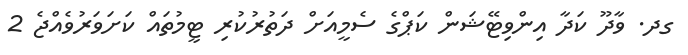
ގދ. ވާދޫ ކަދާ އިންވިޓޭޝަން ކަޕްގެ ސެމީއަށް ދަތުރުކުރި ޓީމުތައް ކަށަވަރުވެއްޖެ 2